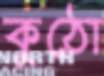
কুঠো